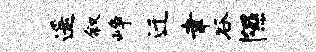
遥叙峥迁聿谷隰